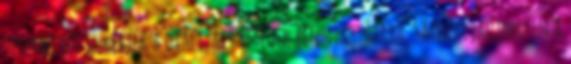
telephelyét is kérték a dializált betegek benntartására. Sátoraljaújhelyen a